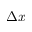
\Delta x